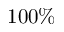
1 0 0 \%